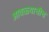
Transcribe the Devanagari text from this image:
आवळ्याचीच